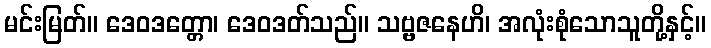
မင်းမြတ်။ ဒေဝဒတ္တော၊ ဒေဝဒတ်သည်။ သဗ္ဗဇနေဟိ၊ အလုံးစုံသောသူတို့နှင့်။